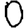
Digit: 0